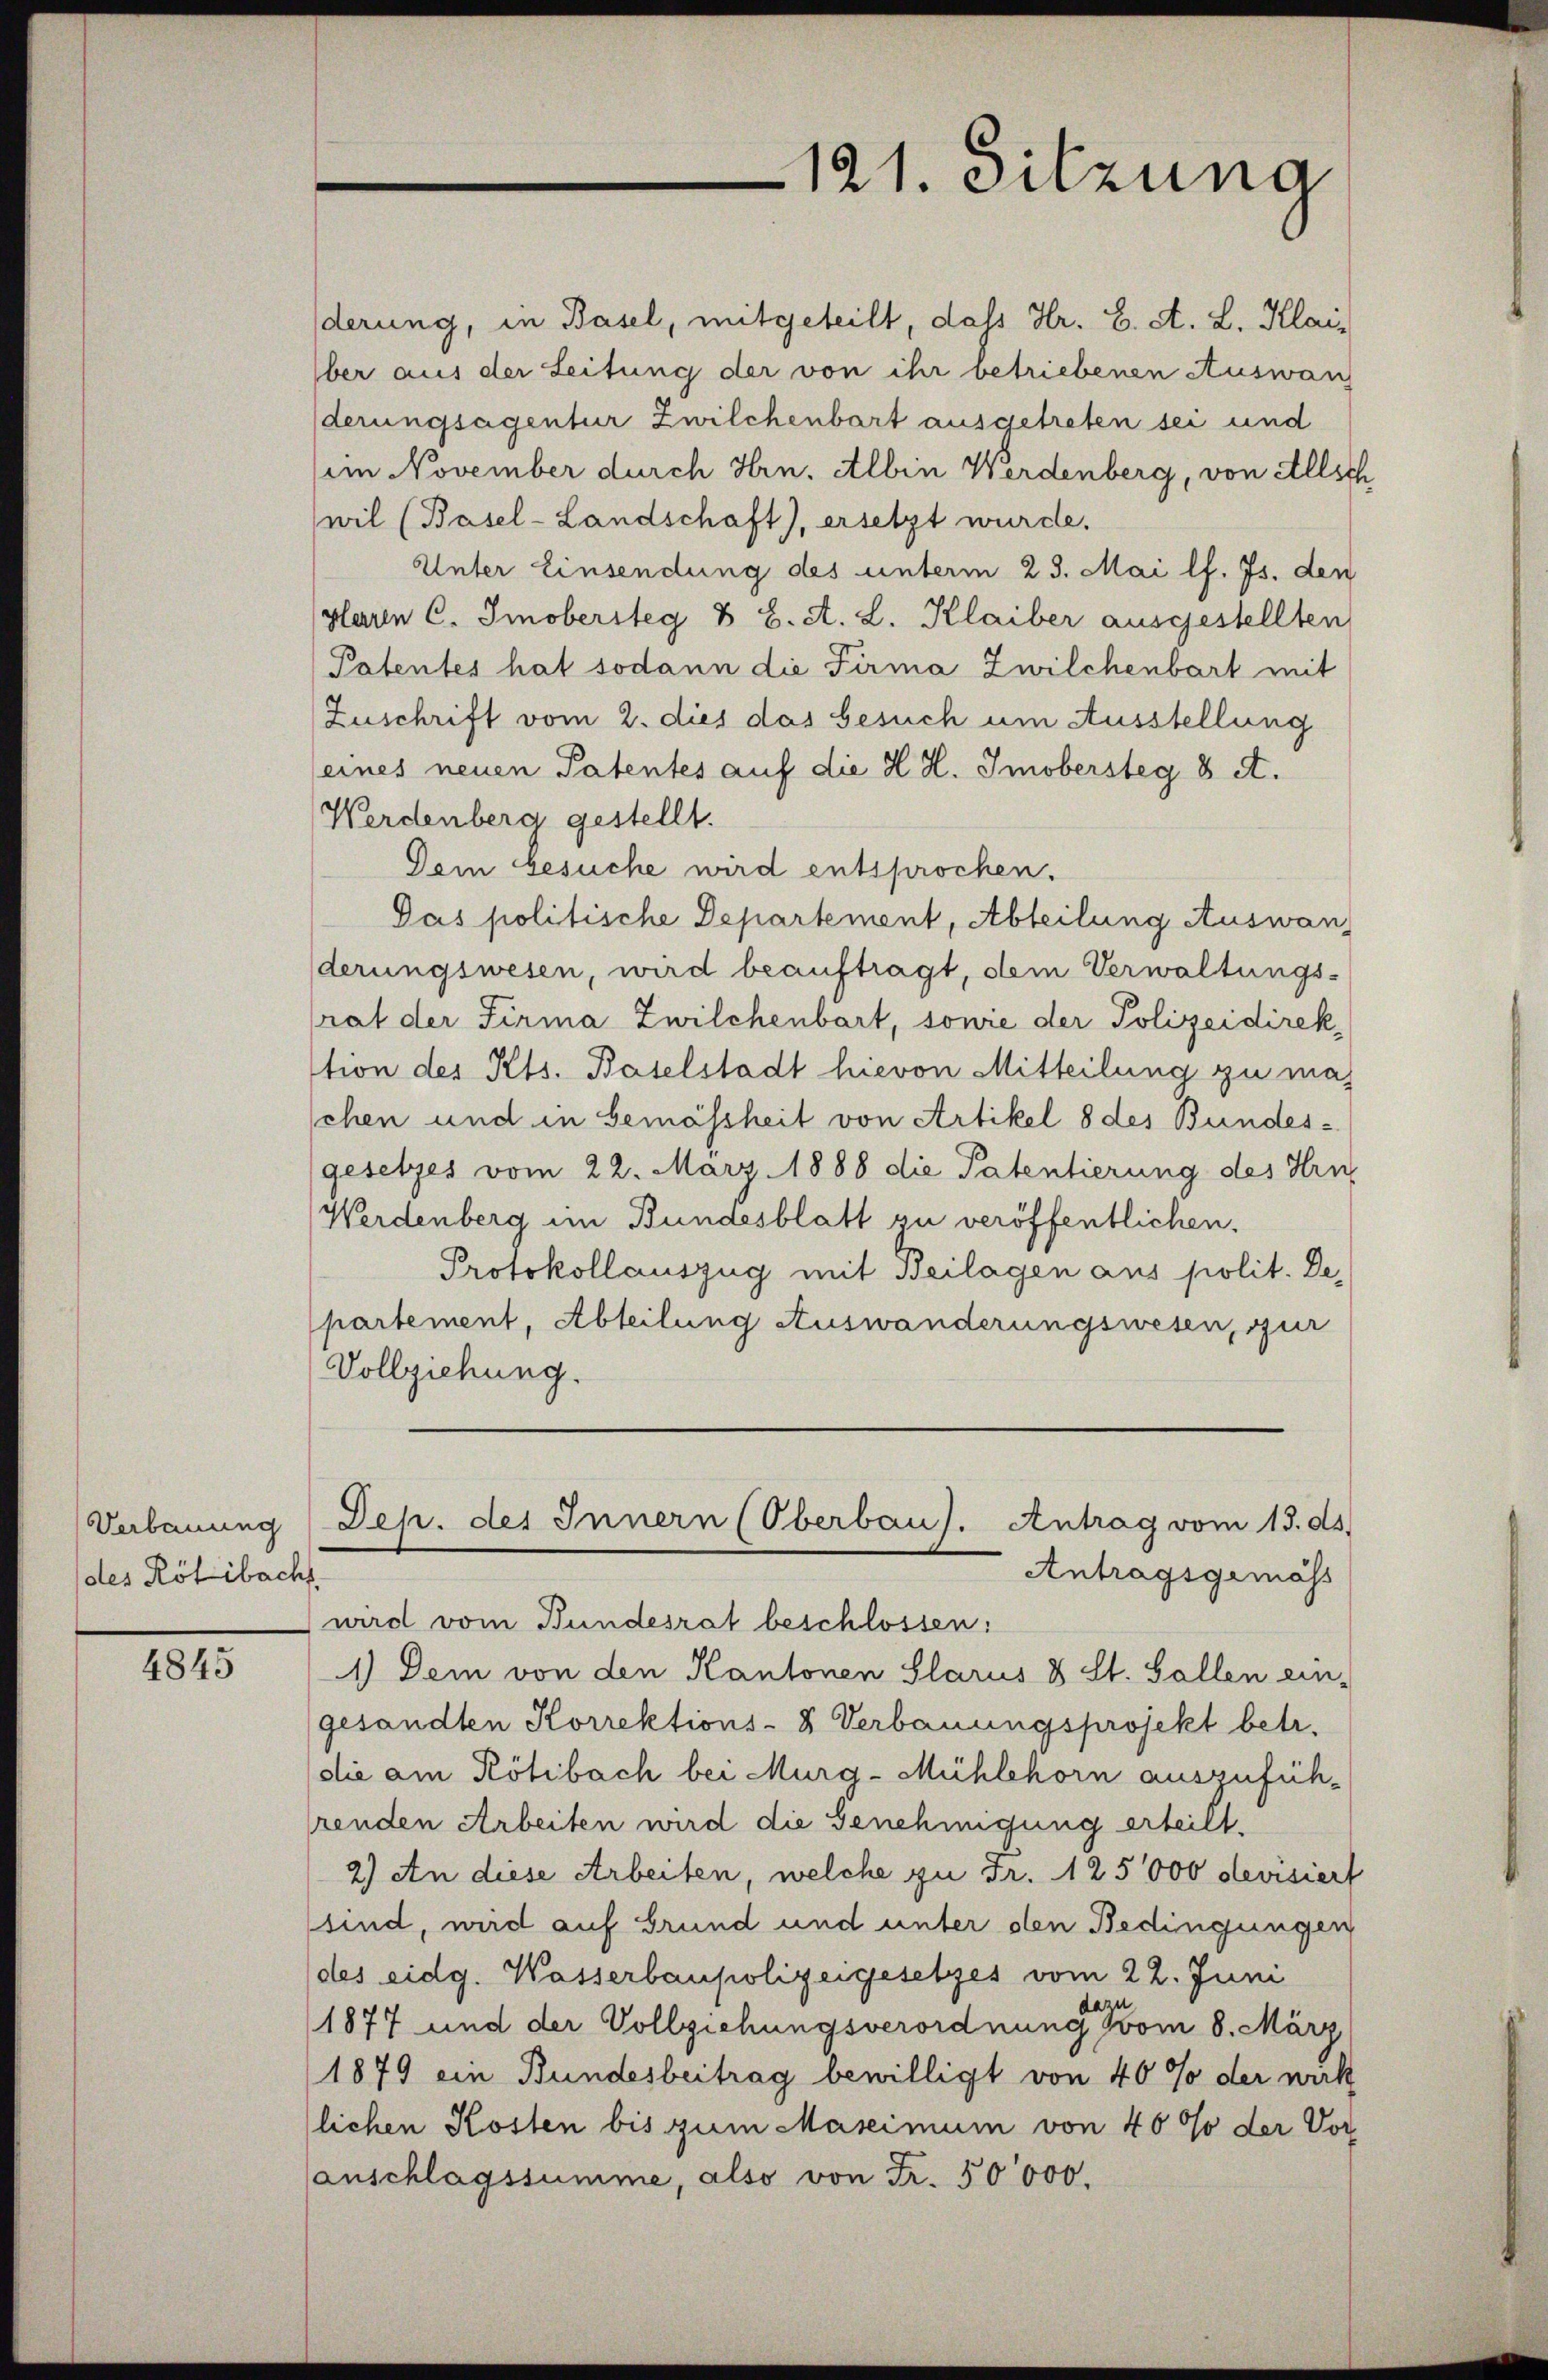
Verbauung
des Rötibach

4845

121. Sitzung

derung, in Basel, mitgeteilt, daß Hr. C. A. L. Klaiber aus der Leitung der von ihr betriebenen Auswan
derungsagentur Zwilchenbart ausgetreten sei und
(im November durch Hrn. Albin Werdenberg, von Allsch
wil (Basel-Landschaft), ersetzt wurde.
Unter Einsendung des unterm 23. Mai l. Js. den
plaren C. Smobersteg & B. A. L. Klaiber ausgestellten,
Patentes hat sodann die Firma Zwilchenbart mit
Zuschrift vom 2. dies das Gesuch um Ausstellung
(eines neuen Patentes auf die H. H. Imobersteg 8 A.
Werdenberg gestellt.
Dein besuche wird entsprochen.
Pas politische Departement, Abteilung Auswanderungswesen, wird beauftragt, dem Verwaltungs-
rat der Firma Zwilchenbart, sowie der Polizeidirek
tion des Kts. Baselstadt hievon Mitteilung zu maj
schen und in Gemässheit von Artikel 8 des Bundes¬
(gesetzes vom 22. März 1888 die Patentierung des Hrn.
Werdenberg im Bundesblatt zu veröffentlichen.
Protokollauszug mit Beilagen aus polit. De-
partement, Abteilung Auswanderungswesen, zur
Vollziehung.
Sep. des Innern (Oberbaus. Antrag vom 13. ds.
Antragsgemäss
wird vom Bundesrat beschlossen:
1.) Dem von den Kantonen Glarus & St. Gallen ein-
gesandten Korrektions- & Verbauungsprojekt betr.
(die am Kötibach bei Murg-Mühlehorn auszuführenden Arbeiten wird die Genehmigung erteilt.
2) An diese Arbeiten, welche zu Fr. 125000 devisiert
sind, wird auf Grund und unter den Bedingungen
(des eidg. Wasserbaupolizeigesetzes vom 22. Juni
zu
1877 und der Vollziehungsverordnung vom 8. März
1879 ein Bundesbeitrag bewilligt von 40% der wirk
lichen Kosten bis zum Maseimum von 40 % der Vor
anschlagssumme, also von Fr. 50000.